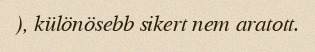
), különösebb sikert nem aratott.